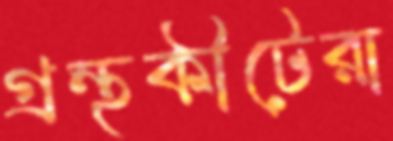
গ্রন্থকীটেরা